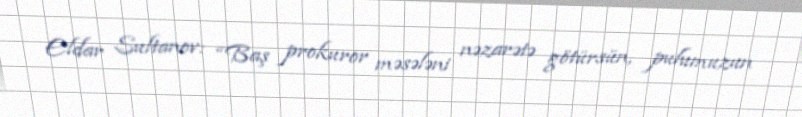
Eldar Sultanov: “Baş prokuror məsələni nəzarətə götürsün, pulumuzun